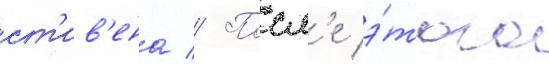
ст'ив'ена // Посл'е э́того